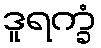
ဒူရက္ခံ